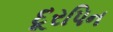
દૂરપિન